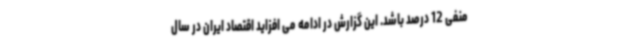
منفی 12 درصد باشد. این گزارش در ادامه می افزاید اقتصاد ایران در سال